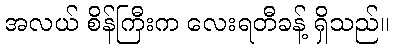
အလယ် စိန်ကြီးက လေးရတီခန့် ရှိသည်။